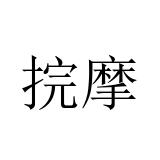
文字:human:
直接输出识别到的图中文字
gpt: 捖摩